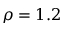
\rho = 1 . 2